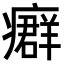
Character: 𤺽